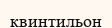
квинтильон